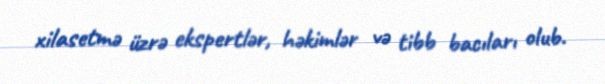
xilasetmə üzrə ekspertlər, həkimlər və tibb bacıları olub.